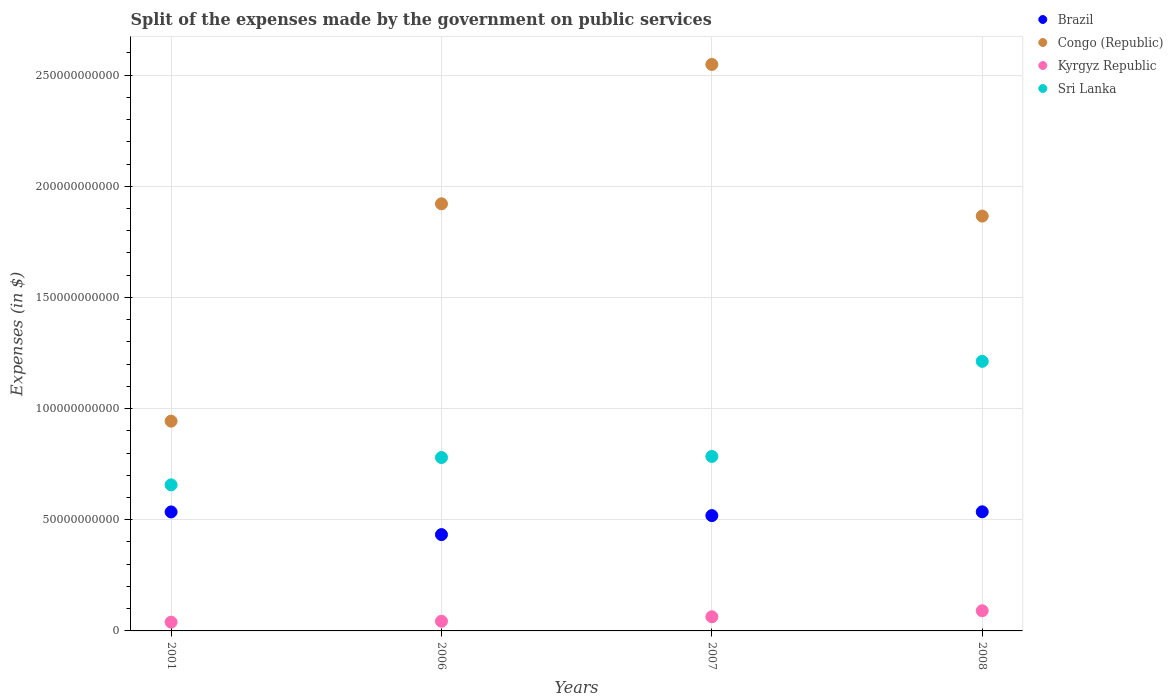
| Years | Brazil | Congo (Republic) | Kyrgyz Republic | Sri Lanka |
 | --- | --- | --- | --- | --- |
 | 2001 | 5.35e+10 | 9.43e+10 | 3.95e+09 | 6.57e+10 |
 | 2006 | 4.33e+10 | 1.92e+11 | 4.35e+09 | 7.8e+10 |
 | 2007 | 5.19e+10 | 2.55e+11 | 6.37e+09 | 7.85e+10 |
 | 2008 | 5.36e+10 | 1.87e+11 | 9.08e+09 | 1.21e+11 |